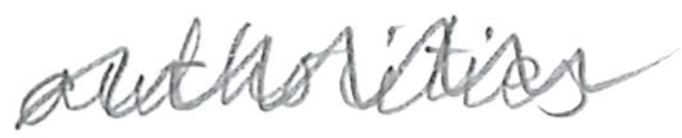
Text: authorities
Cross-out: zig-zag
Writing tool: pencil